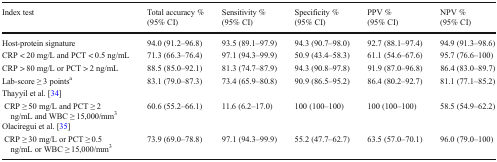
| Index test | Total accuracy % (95% CI) | Sensitivity % (95% CI) | Specificity % (95% CI) | PPV % (95% CI) | NPV % (95% CI) |
 | --- | --- | --- | --- | --- | --- |
 | Host-protein signature | 94.0 (91.2–96.8) | 93.5 (89.1–97.9) | 94.3 (90.7–98.0) | 92.7 (88.1–97.4) | 94.9 (91.3–98.6) |
 | CRP < 20 mg/L and PCT < 0.5 ng/mL | 71.3 (66.3–76.4) | 97.1 (94.3–99.9) | 50.9 (43.4–58.3) | 61.1 (54.6–67.6) | 95.7 (76.6–100) |
 | CRP > 80 mg/L or PCT > 2 ng/mL | 88.5 (85.0–92.1) | 81.3 (74.7–87.9) | 94.3 (90.8–97.8) | 91.9 (87.0–96.8) | 86.4 (83.0–89.7) |
 | Lab-score ≥ 3 pointsa | 83.1 (79.0–87.3) | 73.4 (65.9–80.8) | 90.9 (86.5–95.2) | 86.4 (80.2–92.7) | 81.1 (77.1–85.2) |
 | Thayyil et al. [34] |  |  |  |  |  |
 | CRP ≥ 50 mg/L and PCT ≥ 2 ng/mL and WBC ≥ 15,000/mm3 | 60.6 (55.2–66.1) | 11.6 (6.2–17.0) | 100 (100–100) | 100 (100–100) | 58.5 (54.9–62.2) |
 | Olaciregui et al. [35] |  |  |  |  |  |
 | CRP ≥ 30 mg/L or PCT ≥ 0.5 ng/mL or WBC ≥ 15,000/mm3 | 73.9 (69.0–78.8) | 97.1 (94.3–99.9) | 55.2 (47.7–62.7) | 63.5 (57.0–70.1) | 96.0 (79.0–100) |